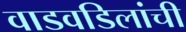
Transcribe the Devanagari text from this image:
वाडवडिलांची